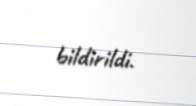
bildirildi.